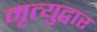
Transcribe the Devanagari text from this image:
मृत्युद्वार